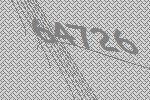
64726